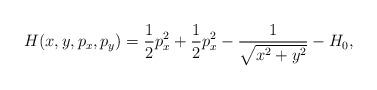
LaTeX: \begin{align*}H(x,y,p_x,p_y) = \frac{1}{2}p_x^2+\frac{1}{2}p_x^2 -\frac{1}{\sqrt{x^2+y^2}}-H_0,\end{align*}